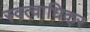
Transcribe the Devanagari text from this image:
स्वत्वाधिकर